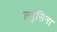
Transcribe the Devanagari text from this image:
ल्युसिना